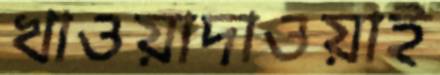
খাওয়াদাওয়াই